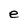
Character: e